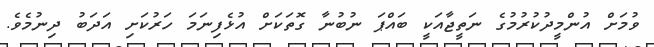
ވުމަށް އުންމީދުކުރުމުގެ ނަތީޖާއަކީ ބައްޕަ ނުބުނާ ގޮތަކަށް އުޅެފިނަމަ ހަރުކަށި އަދަބު ދިނުމެވެ.